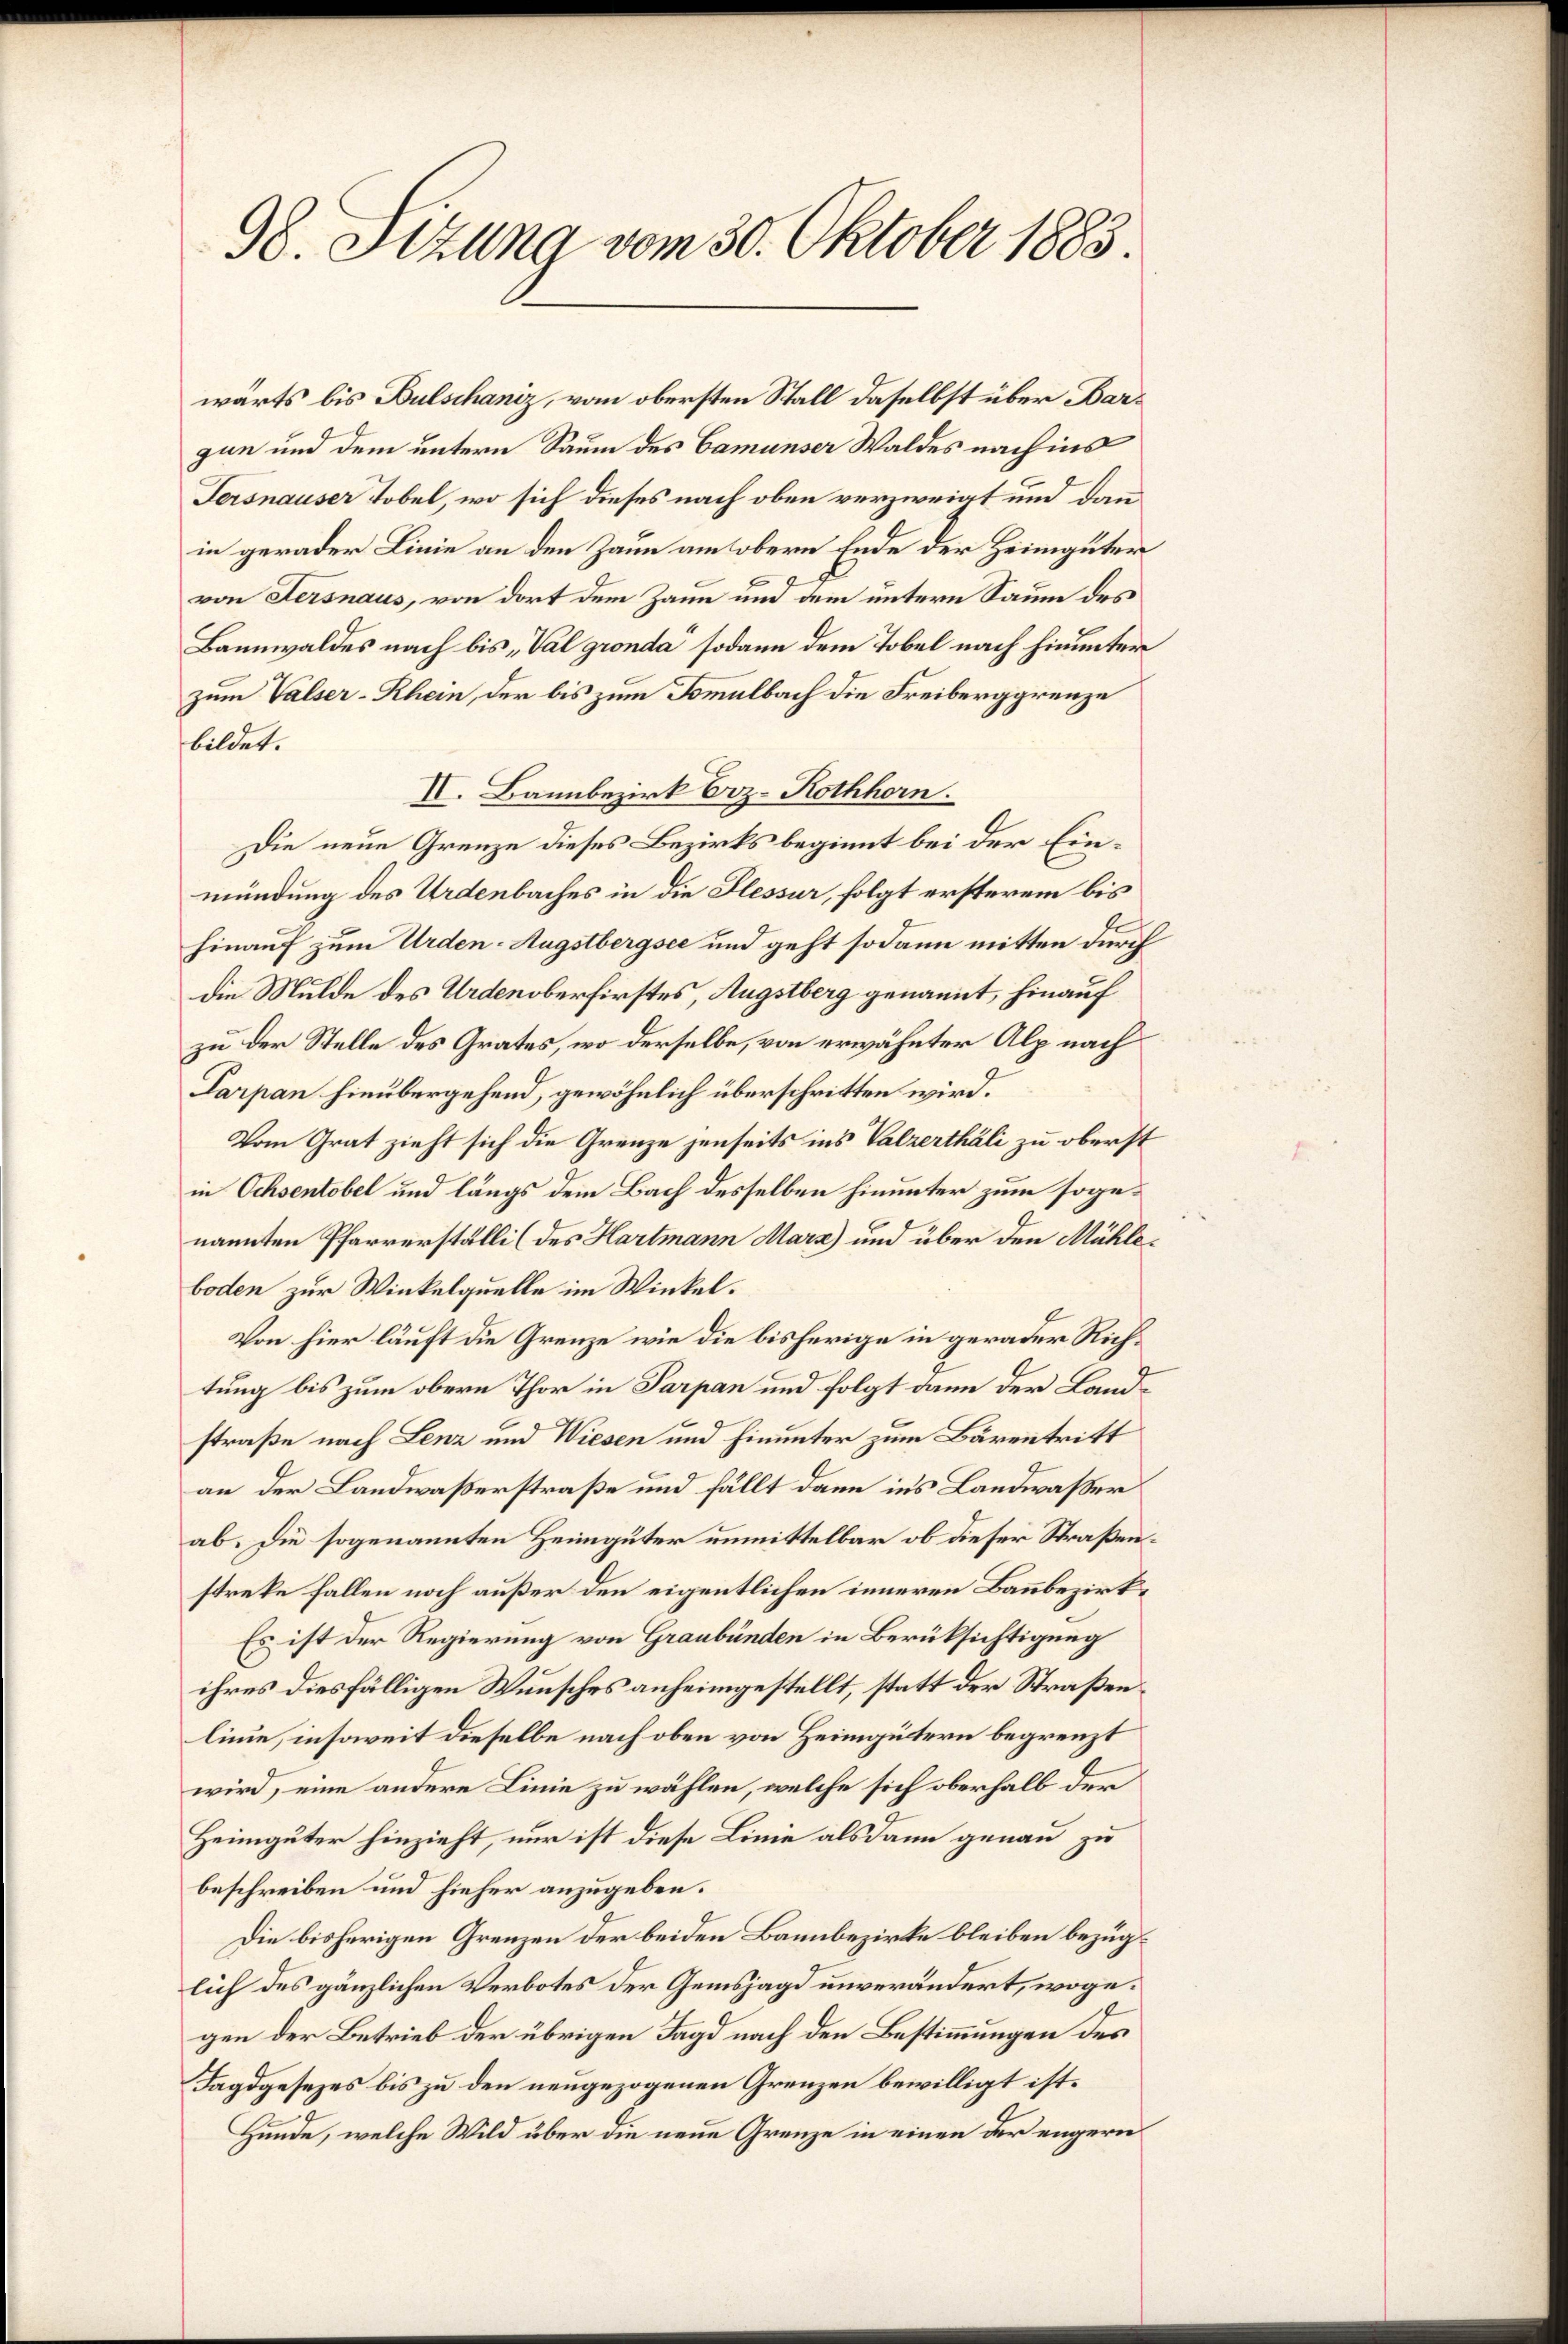
98. Sitzung vom 30. Oktober 1883

wärts bis Bulschaniz, vom obersten Stall daselbst über Bargun und dem untern Saum des Camunser Waldes nach ins
Fersnauser Tobel, wo sich dieses nach oben verzweigt und dann
in gerader Linie an den Zaun am obern Ende der Heimgüter
von Fersnaus, von dort dem Zaun und dem untern Saum des
Bannwaldes nach bis „Val gronda sodann dem Tobel nach hinunter
zum Valser-Rhein, der bis zum Tommulbach die Freiberggrenze
bildet.
IV. Bannbezirk Brz-Rothhorn.
Die neue Grenze dieses Bezirks beginnt bei der Einmündung des Urdenbaches in die Plessur, folgt ersterem bis
hinauf zum Urden. Augstbergsee und geht sodann mitten durch
die Mulde des Urdenoberfirstes, Augstberg genannt, hinauf
zu der Stelle des Grates, wo derselbe, von erwähnter Alp nach
Parpan hinübergehend, gewöhnlich überschritten wird.
Vom Grat zieht sich die Grenze jenseits ins Valzerthäli zu oberst
in Ochsentobel und längs dem Bach desselben hinunter zum sogenannten Pfarrerställi (des Hartmann Marz) und über den Mühleboden zur Winkelquelle im Winkel.
Von hier läuft die Grenze wie die bisherige in gerader Richtung bis zum obern Thor in Parpan und folgt dann der Landstraße nach Lenz und Wiesen und hinunter zum Bärentritt
an der Landwaßerstraße und fällt dann ins Landwasser
ab. Die sogenannten Heimgüter unmittelbar ob dieser Straßenstreke fallen noch außer den eigentlichen inneren Baubezirk¬
Es ist der Regierung von Graubünden in Berüksichtigung
ihres diesfälligen Wunsches anheimgestellt, statt der Straßen
linie, insoweit dieselbe nach oben von Heimgütern begrenzt
wird, eine andere Linie zu wählen, welche sich oberhalb der
Heimgüter hinzieht, nur ist diese Linie als dann genau zu
beschreiben und hieher anzugeben.
Die bisherigen Grenzen der beiden Bannbezirke bleiben bezüglich des gänzlichen Verbotes der Gemsjagd unverändert, wogegen der Betrieb der übrigen Jagd nach den Bestimmungen des
Tagdgesezes bis zu den neugezogenen Grenzen bewilligt ist.
Hunde, welche Wild über die neue Grenze in einen der engern